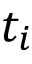
t _ { i }